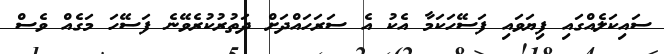
ސައިކަލެއްގައި ފިޔަވައި ފަސޭހަކަމާ އެކު އެ ސަރަހައްދަށް ދަތުރުކުރެވޭނެ ފަސޭހަ މަގެއް ވެސް